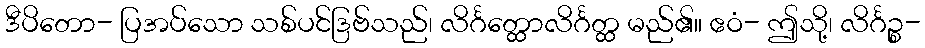
ဒီပိတော- ပြအပ်သော သစ်ပင်ဒြဗ်သည်၊ လိင်္ဂတ္ထောလိင်္ဂတ္ထ မည်၏။ ဧဝံ- ဤသို့၊ လိင်္ဂဉ္စ-